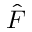
\hat { F }